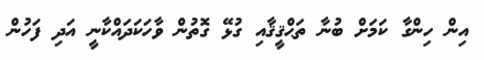
އިން ހިންގާ ކަމަށް ބުނާ ތަޙްޤީޤާއި ގުޅޭ ގޮތުން ވާހަކަދައްކާނީ އަދި ފަހުން